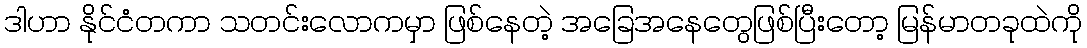
ဒါဟာ နိုင်ငံတကာ သတင်းလောကမှာ ဖြစ်နေတဲ့ အခြေအနေတွေဖြစ်ပြီးတော့ မြန်မာတခုထဲကို